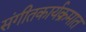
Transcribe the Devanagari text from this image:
संगीतकार्यक्रमात